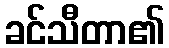
ခင်သီတာ၏